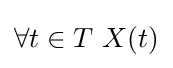
\forall t\in T~X(t)